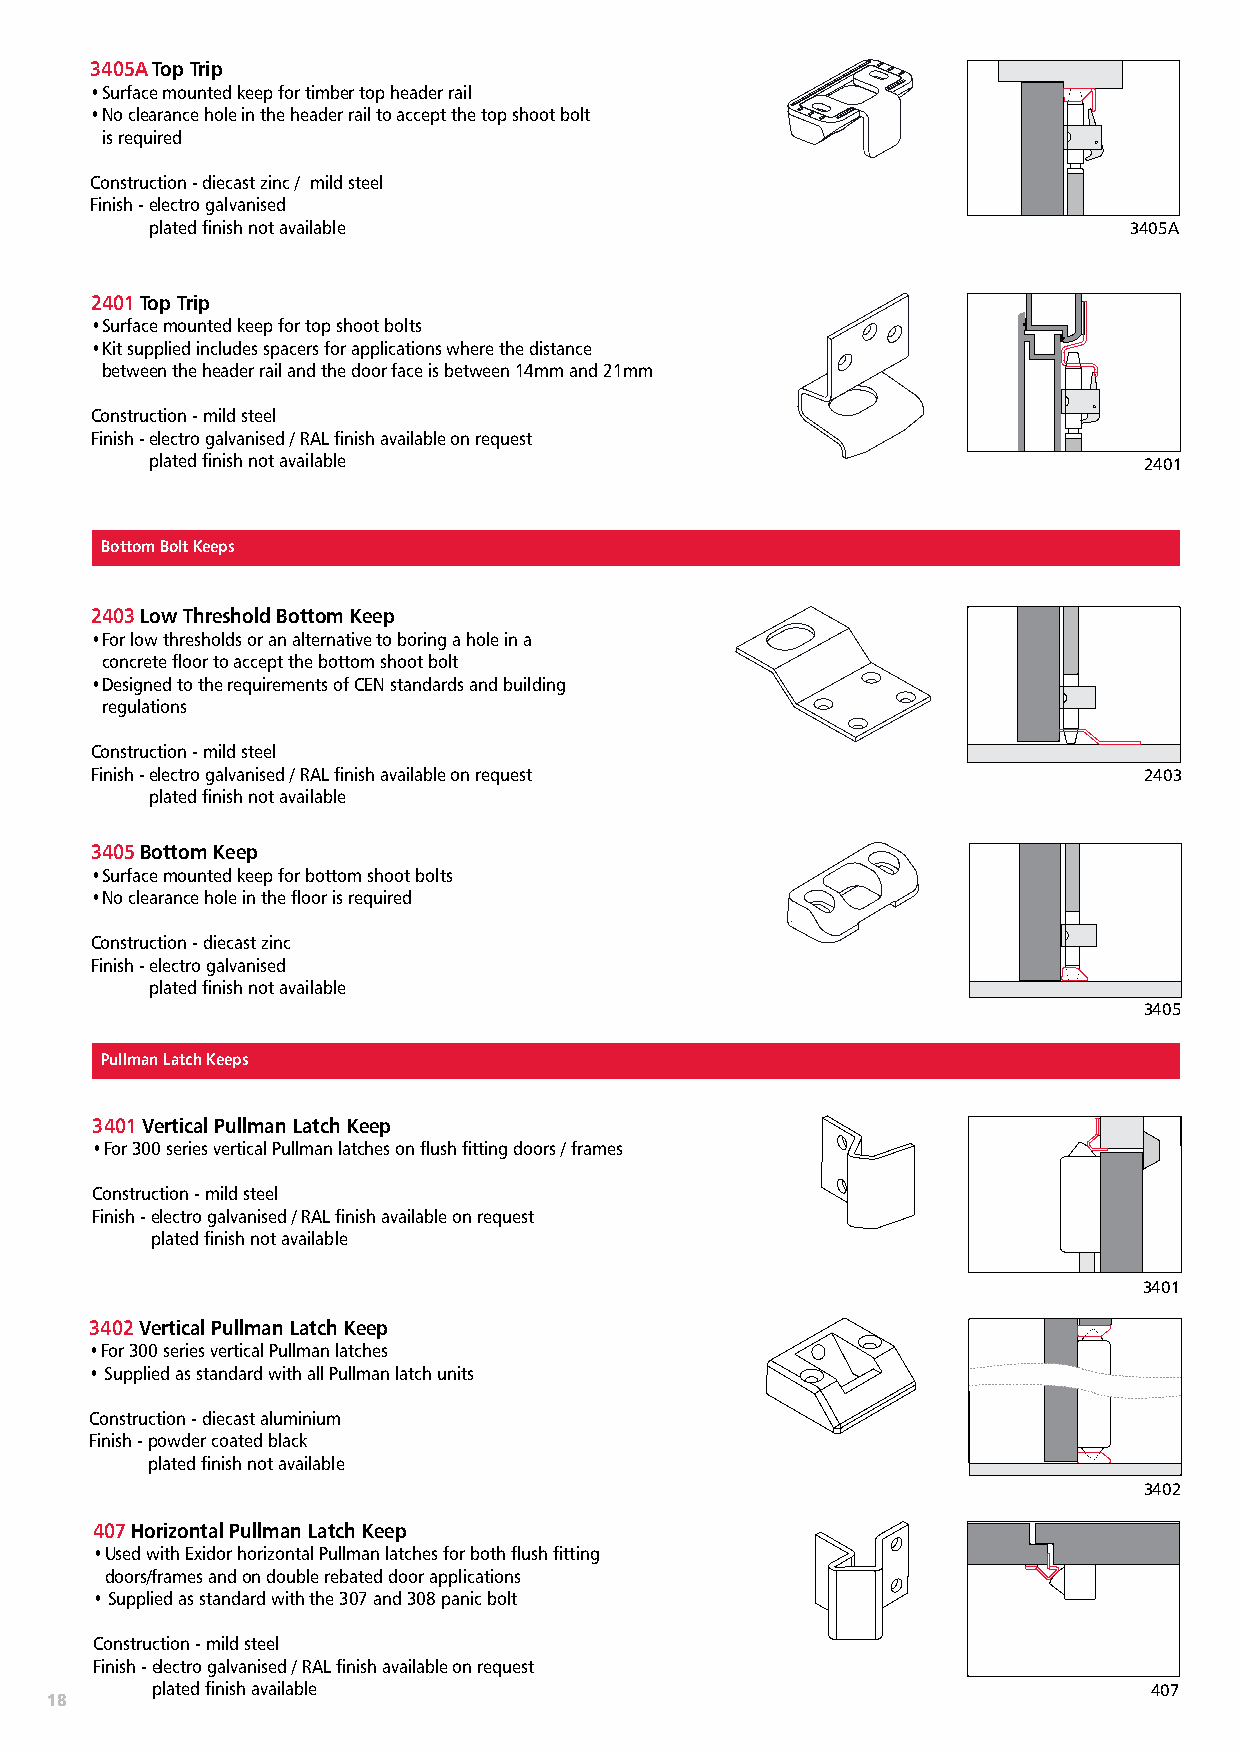
3405A Top Trip
 • Surface mounted keep for timber top header rail
 • No clearance hole in the header rail to accept the top shoot bolt
 is required
 Construction - diecast zinc / mild steel
 Finish - electro galvanised
 plated finish not available                                      3405A
 2401 Top Trip
 • Surface mounted keep for top shoot bolts
 • Kit supplied includes spacers for applications where the distance
 between the header rail and the door face is between 14mm and 21mm
 Construction - mild steel
 Finish - electro galvanised / RAL finish available on request
 plated finish not available                                       2401
 Bottom Bolt Keeps
 2403 Low Threshold Bottom Keep
 • For low thresholds or an alternative to boring a hole in a
 concrete floor to accept the bottom shoot bolt
 • Designed to the requirements of CEN standards and building
 regulations
 Construction - mild steel
 Finish - electro galvanised / RAL finish available on request         2403
 plated finish not available
 3405 Bottom Keep
 • Surface mounted keep for bottom shoot bolts
 • No clearance hole in the floor is required
 Construction - diecast zinc
 Finish - electro galvanised
 plated finish not available
 3405
 Pullman Latch Keeps
 3401 Vertical Pullman Latch Keep
 • For 300 series vertical Pullman latches on flush fitting doors / frames
 Construction - mild steel
 Finish - electro galvanised / RAL finish available on request
 plated finish not available
 3401
 3402 Vertical Pullman Latch Keep
 • For 300 series vertical Pullman latches
 • Supplied as standard with all Pullman latch units
 Construction - diecast aluminium
 Finish - powder coated black
 plated finish not available
 3402
 407 Horizontal Pullman Latch Keep
 • Used with Exidor horizontal Pullman latches for both flush fitting
 doors/frames and on double rebated door applications
 • Supplied as standard with the 307 and 308 panic bolt
 Construction - mild steel
 Finish - electro galvanised / RAL finish available on request
 plated finish available                                           407
 18